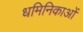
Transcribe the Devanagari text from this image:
धमिनिकाओं